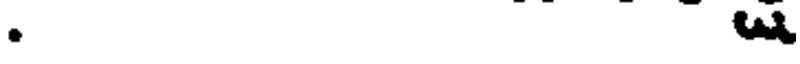
.